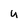
Character: u